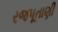
રજપૂતાણી